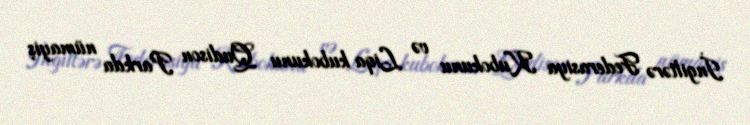
İngiltərə Federasiya Kubokunu və Liqa kubokunu Qudison Parkda nümayiş